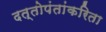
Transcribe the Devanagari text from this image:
दत्तोपंतांकरिता